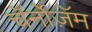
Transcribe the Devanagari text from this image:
चॅर्नोज़ॅम